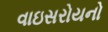
વાઇસરોયનો